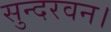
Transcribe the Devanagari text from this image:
सुन्दरवन।